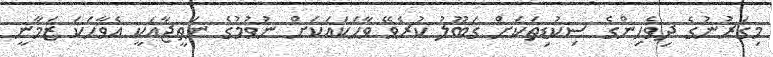
މިގަރުނުގެ ދިވެހިންގެ ސިކުޑިތަކަށް ގަބޫލު ކުރެވޭ ވާހަކައަކަށް ނުވުމުގެ ނަތީޖާއަކީ އެވާހަކަ ޒަމާނީ